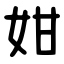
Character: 姏